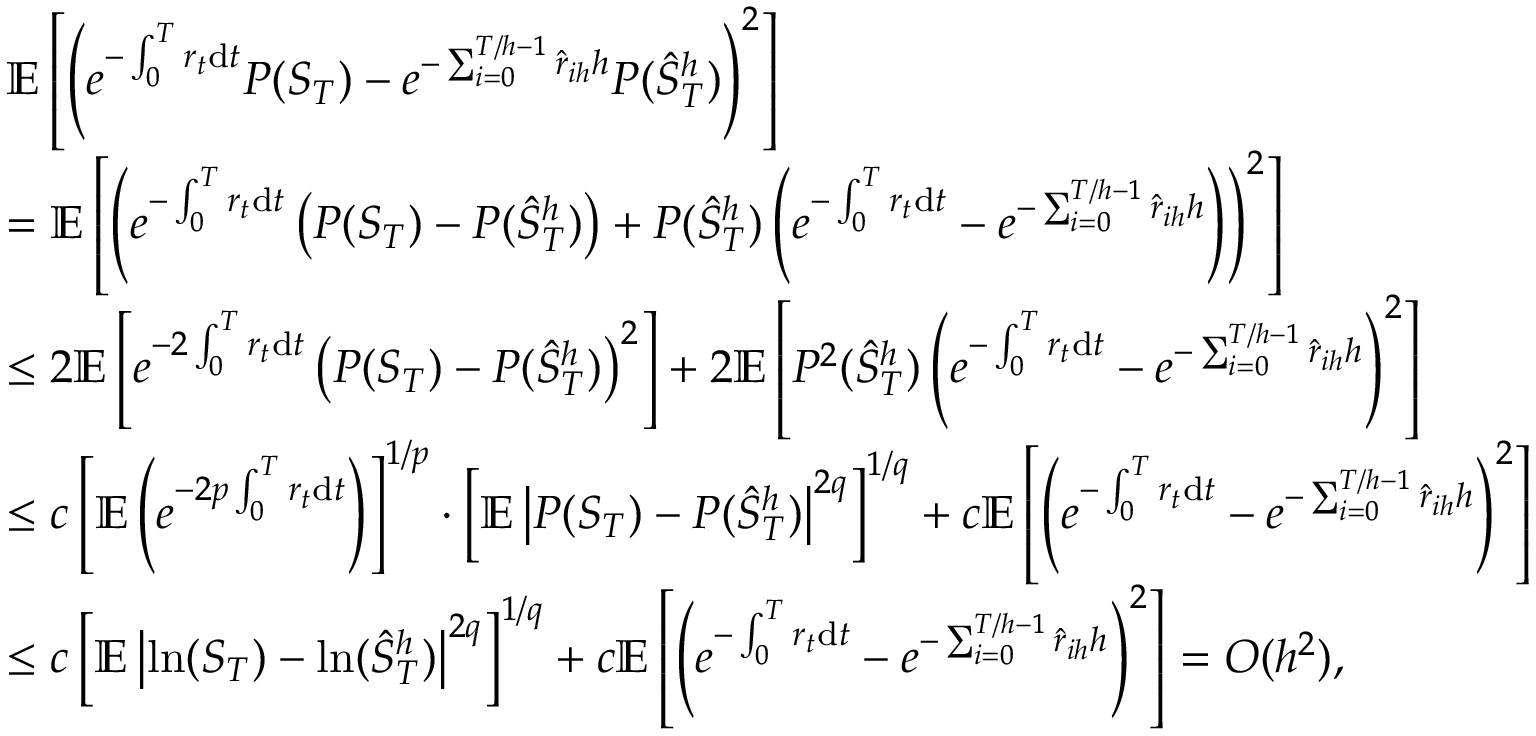
\begin{array} { r l } & { \mathbb { E } \left[ \left( e ^ { - \int _ { 0 } ^ { T } r _ { t } \mathrm { d } t } P ( S _ { T } ) - e ^ { - \sum _ { i = 0 } ^ { T / h - 1 } \hat { r } _ { i h } h } P ( \hat { S } _ { T } ^ { h } ) \right) ^ { 2 } \right] } \\ & { = \mathbb { E } \left[ \left( e ^ { - \int _ { 0 } ^ { T } r _ { t } \mathrm { d } t } \left( P ( S _ { T } ) - P ( \hat { S } _ { T } ^ { h } ) \right) + P ( \hat { S } _ { T } ^ { h } ) \left( e ^ { - \int _ { 0 } ^ { T } r _ { t } \mathrm { d } t } - e ^ { - \sum _ { i = 0 } ^ { T / h - 1 } \hat { r } _ { i h } h } \right) \right) ^ { 2 } \right] } \\ & { \leq 2 \mathbb { E } \left[ e ^ { - 2 \int _ { 0 } ^ { T } r _ { t } \mathrm { d } t } \left( P ( S _ { T } ) - P ( \hat { S } _ { T } ^ { h } ) \right) ^ { 2 } \right] + 2 \mathbb { E } \left[ P ^ { 2 } ( \hat { S } _ { T } ^ { h } ) \left( e ^ { - \int _ { 0 } ^ { T } r _ { t } \mathrm { d } t } - e ^ { - \sum _ { i = 0 } ^ { T / h - 1 } \hat { r } _ { i h } h } \right) ^ { 2 } \right] } \\ & { \leq c \left[ \mathbb { E } \left( e ^ { - 2 p \int _ { 0 } ^ { T } r _ { t } \mathrm { d } t } \right) \right] ^ { 1 / p } \cdot \left[ \mathbb { E } \left| P ( S _ { T } ) - P ( \hat { S } _ { T } ^ { h } ) \right| ^ { 2 q } \right] ^ { 1 / q } + c \mathbb { E } \left[ \left( e ^ { - \int _ { 0 } ^ { T } r _ { t } \mathrm { d } t } - e ^ { - \sum _ { i = 0 } ^ { T / h - 1 } \hat { r } _ { i h } h } \right) ^ { 2 } \right] } \\ & { \leq c \left[ \mathbb { E } \left| \ln ( S _ { T } ) - \ln ( \hat { S } _ { T } ^ { h } ) \right| ^ { 2 q } \right] ^ { 1 / q } + c \mathbb { E } \left[ \left( e ^ { - \int _ { 0 } ^ { T } r _ { t } \mathrm { d } t } - e ^ { - \sum _ { i = 0 } ^ { T / h - 1 } \hat { r } _ { i h } h } \right) ^ { 2 } \right] = O ( h ^ { 2 } ) , } \end{array}